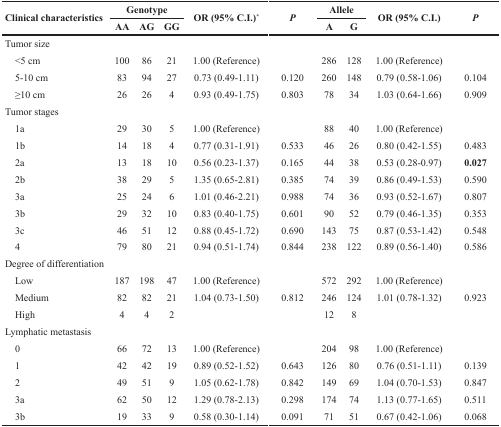
<table><thead><tr><td rowspan="2"><b>Clinical characteristics</b></td><td colspan="3"><b>Genotype</b></td><td rowspan="2"><b>OR (95% C.I.)<sup>*</sup></b></td><td rowspan="2"><b><i>P</i></b></td><td colspan="2"><b>Allele</b></td><td rowspan="2"><b>OR (95% C.I.)</b></td><td rowspan="2"><b><i>P</i></b></td></tr><tr><td><b>AA</b></td><td><b>AG</b></td><td><b>GG</b></td><td><b>A</b></td><td><b>G</b></td></tr></thead><tbody><tr><td>Tumor size</td><td></td><td></td><td></td><td></td><td></td><td></td><td></td><td></td><td></td></tr><tr><td> &lt;5 cm</td><td>100</td><td>86</td><td>21</td><td>1.00 (Reference)</td><td></td><td>286</td><td>128</td><td>1.00 (Reference)</td><td></td></tr><tr><td> 5-10 cm</td><td>83</td><td>94</td><td>27</td><td>0.73 (0.49-1.11)</td><td>0.120</td><td>260</td><td>148</td><td>0.79 (0.58-1.06)</td><td>0.104</td></tr><tr><td> ≥10 cm</td><td>26</td><td>26</td><td>4</td><td>0.93 (0.49-1.75)</td><td>0.803</td><td>78</td><td>34</td><td>1.03 (0.64-1.66)</td><td>0.909</td></tr><tr><td>Tumor stages</td><td></td><td></td><td></td><td></td><td></td><td></td><td></td><td></td><td></td></tr><tr><td> 1a</td><td>29</td><td>30</td><td>5</td><td>1.00 (Reference)</td><td></td><td>88</td><td>40</td><td>1.00 (Reference)</td><td></td></tr><tr><td> 1b</td><td>14</td><td>18</td><td>4</td><td>0.77 (0.31-1.91)</td><td>0.533</td><td>46</td><td>26</td><td>0.80 (0.42-1.55)</td><td>0.483</td></tr><tr><td> 2a</td><td>13</td><td>18</td><td>10</td><td>0.56 (0.23-1.37)</td><td>0.165</td><td>44</td><td>38</td><td>0.53 (0.28-0.97)</td><td><b>0.027</b></td></tr><tr><td> 2b</td><td>38</td><td>29</td><td>5</td><td>1.35 (0.65-2.81)</td><td>0.385</td><td>74</td><td>39</td><td>0.86 (0.49-1.53)</td><td>0.590</td></tr><tr><td> 3a</td><td>25</td><td>24</td><td>6</td><td>1.01 (0.46-2.21)</td><td>0.988</td><td>74</td><td>36</td><td>0.93 (0.52-1.67)</td><td>0.807</td></tr><tr><td> 3b</td><td>29</td><td>32</td><td>10</td><td>0.83 (0.40-1.75)</td><td>0.601</td><td>90</td><td>52</td><td>0.79 (0.46-1.35)</td><td>0.353</td></tr><tr><td> 3c</td><td>46</td><td>51</td><td>12</td><td>0.88 (0.45-1.72)</td><td>0.690</td><td>143</td><td>75</td><td>0.87 (0.53-1.42)</td><td>0.548</td></tr><tr><td> 4</td><td>79</td><td>80</td><td>21</td><td>0.94 (0.51-1.74)</td><td>0.844</td><td>238</td><td>122</td><td>0.89 (0.56-1.40)</td><td>0.586</td></tr><tr><td>Degree of differentiation</td><td></td><td></td><td></td><td></td><td></td><td></td><td></td><td></td><td></td></tr><tr><td> Low</td><td>187</td><td>198</td><td>47</td><td>1.00 (Reference)</td><td></td><td>572</td><td>292</td><td>1.00 (Reference)</td><td></td></tr><tr><td> Medium</td><td>82</td><td>82</td><td>21</td><td>1.04 (0.73-1.50)</td><td>0.812</td><td>246</td><td>124</td><td>1.01 (0.78-1.32)</td><td>0.923</td></tr><tr><td> High</td><td>4</td><td>4</td><td>2</td><td></td><td></td><td>12</td><td>8</td><td></td><td></td></tr><tr><td>Lymphatic metastasis</td><td></td><td></td><td></td><td></td><td></td><td></td><td></td><td></td><td></td></tr><tr><td> 0</td><td>66</td><td>72</td><td>13</td><td>1.00 (Reference)</td><td></td><td>204</td><td>98</td><td>1.00 (Reference)</td><td></td></tr><tr><td> 1</td><td>42</td><td>42</td><td>19</td><td>0.89 (0.52-1.52)</td><td>0.643</td><td>126</td><td>80</td><td>0.76 (0.51-1.11)</td><td>0.139</td></tr><tr><td> 2</td><td>49</td><td>51</td><td>9</td><td>1.05 (0.62-1.78)</td><td>0.842</td><td>149</td><td>69</td><td>1.04 (0.70-1.53)</td><td>0.847</td></tr><tr><td> 3a</td><td>62</td><td>50</td><td>12</td><td>1.29 (0.78-2.13)</td><td>0.298</td><td>174</td><td>74</td><td>1.13 (0.77-1.65)</td><td>0.511</td></tr><tr><td> 3b</td><td>19</td><td>33</td><td>9</td><td>0.58 (0.30-1.14)</td><td>0.091</td><td>71</td><td>51</td><td>0.67 (0.42-1.06)</td><td>0.068</td></tr></tbody></table>